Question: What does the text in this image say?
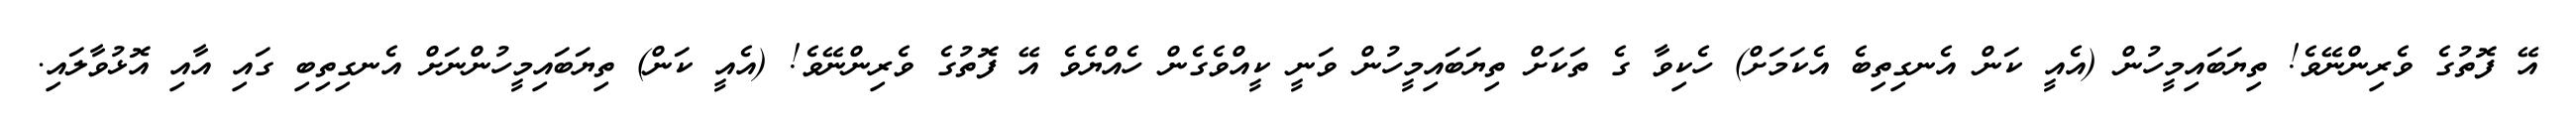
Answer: އޭ ފޮތުގެ ވެރިންނޭވެ! ތިޔަބައިމީހުން (އެއީ ކަން އެނގިތިބެ އެކަމަށް) ހެކިވާ ގެ ތަކަށް ތިޔަބައިމީހުން ވަނީ ކީއްވެގެން ހެއްޔެވެ އޭ ފޮތުގެ ވެރިންނޭވެ! (އެއީ ކަން) ތިޔަބައިމީހުންނަށް އެނގިތިބި ގައި އާއި އޮޅުވާލައި.